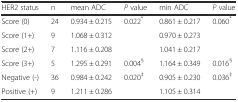
<table><thead><tr><td><b>HER2 status</b></td><td><b>n</b></td><td><b>mean ADC</b></td><td><b><i>P</i> value</b></td><td><b>min ADC</b></td><td><b><i>P</i> value</b></td></tr></thead><tbody><tr><td>Score (0)</td><td>24</td><td>0.934 ± 0.215</td><td>0.022<sup>*</sup></td><td>0.861 ± 0.217</td><td>0.060<sup>*</sup></td></tr><tr><td>Score (1+)</td><td>9</td><td>1.068 ± 0.312</td><td></td><td>0.970 ± 0.273</td><td></td></tr><tr><td>Score (2+)</td><td>7</td><td>1.116 ± 0.208</td><td></td><td>1.041 ± 0.217</td><td></td></tr><tr><td>Score (3+)</td><td>5</td><td>1.295 ± 0.291</td><td>0.004<sup>§</sup></td><td>1.164 ± 0.349</td><td>0.016<sup>§</sup></td></tr><tr><td>Negative (-)</td><td>36</td><td>0.984 ± 0.242</td><td>0.020<sup>‡</sup></td><td>0.905 ± 0.230</td><td>0.036<sup>‡</sup></td></tr><tr><td>Positive (+)</td><td>9</td><td>1.211 ± 0.286</td><td></td><td>1.105 ± 0.314</td><td></td></tr></tbody></table>